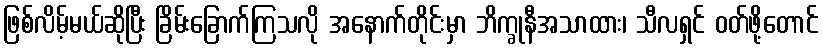
ဖြစ်လိမ့်မယ်ဆိုပြီး ခြိမ်းခြောက်ကြသလို အနောက်တိုင်းမှာ ဘိက္ခုနီအသာထား၊ သီလရှင် ဝတ်ဖို့တောင်